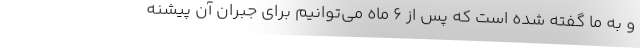
و به ما گفته شده است که پس از 6 ماه می‌توانیم برای جبران آن پیشنه